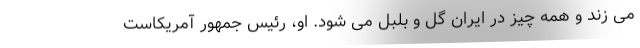
می زند و همه چیز در ایران گل و بلبل می شود. او، رئیس جمهور آمریکاست